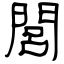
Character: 閭